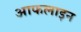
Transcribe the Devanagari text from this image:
आफलाइन